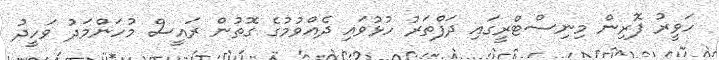
ހަވީރު ފޮރިން މިނިސްޓްރީގައި ދަފްތަރު ހުޅުވައި ދެއްވުމުގެ ގޮތުން ރައީސް މުހަންމަދު ވަހީދު